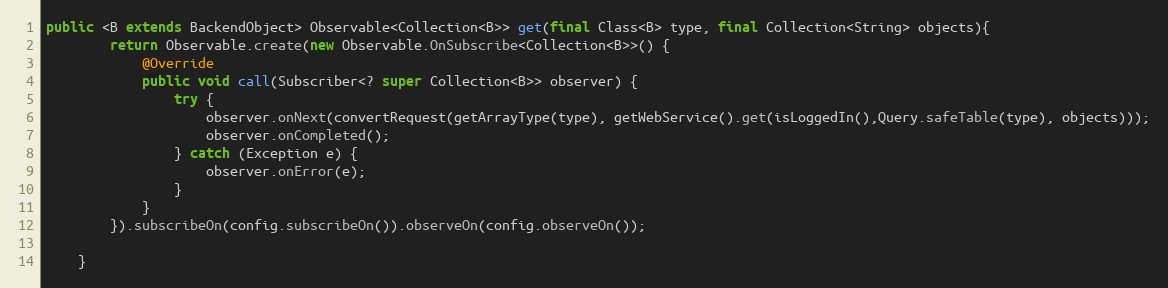
Language: Java
public <B extends BackendObject> Observable<Collection<B>> get(final Class<B> type, final Collection<String> objects){
        return Observable.create(new Observable.OnSubscribe<Collection<B>>() {
            @Override
            public void call(Subscriber<? super Collection<B>> observer) {
                try {
                    observer.onNext(convertRequest(getArrayType(type), getWebService().get(isLoggedIn(),Query.safeTable(type), objects)));
                    observer.onCompleted();
                } catch (Exception e) {
                    observer.onError(e);
                }
            }
        }).subscribeOn(config.subscribeOn()).observeOn(config.observeOn());

    }